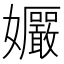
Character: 𫲠